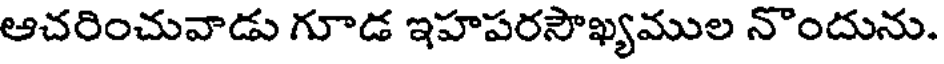
ఆచరించువాడు గూడ ఇహపరసౌఖ్యముల నొందును.